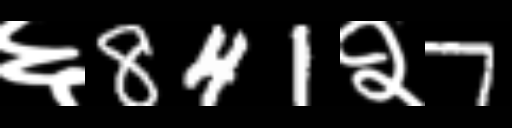
Text: ६841२7